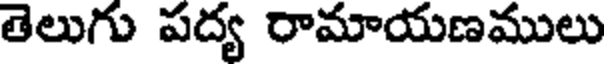
తెలుగు పద్య రామాయణములు